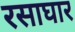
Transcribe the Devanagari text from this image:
रसाघार